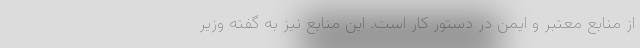
از منابع معتبر و ایمن در دستور کار است. این منابع نیز به گفته وزیر